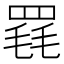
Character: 𦋋